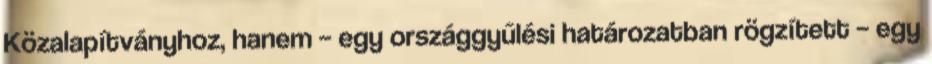
Közalapítványhoz, hanem – egy országgyűlési határozatban rögzített – egy